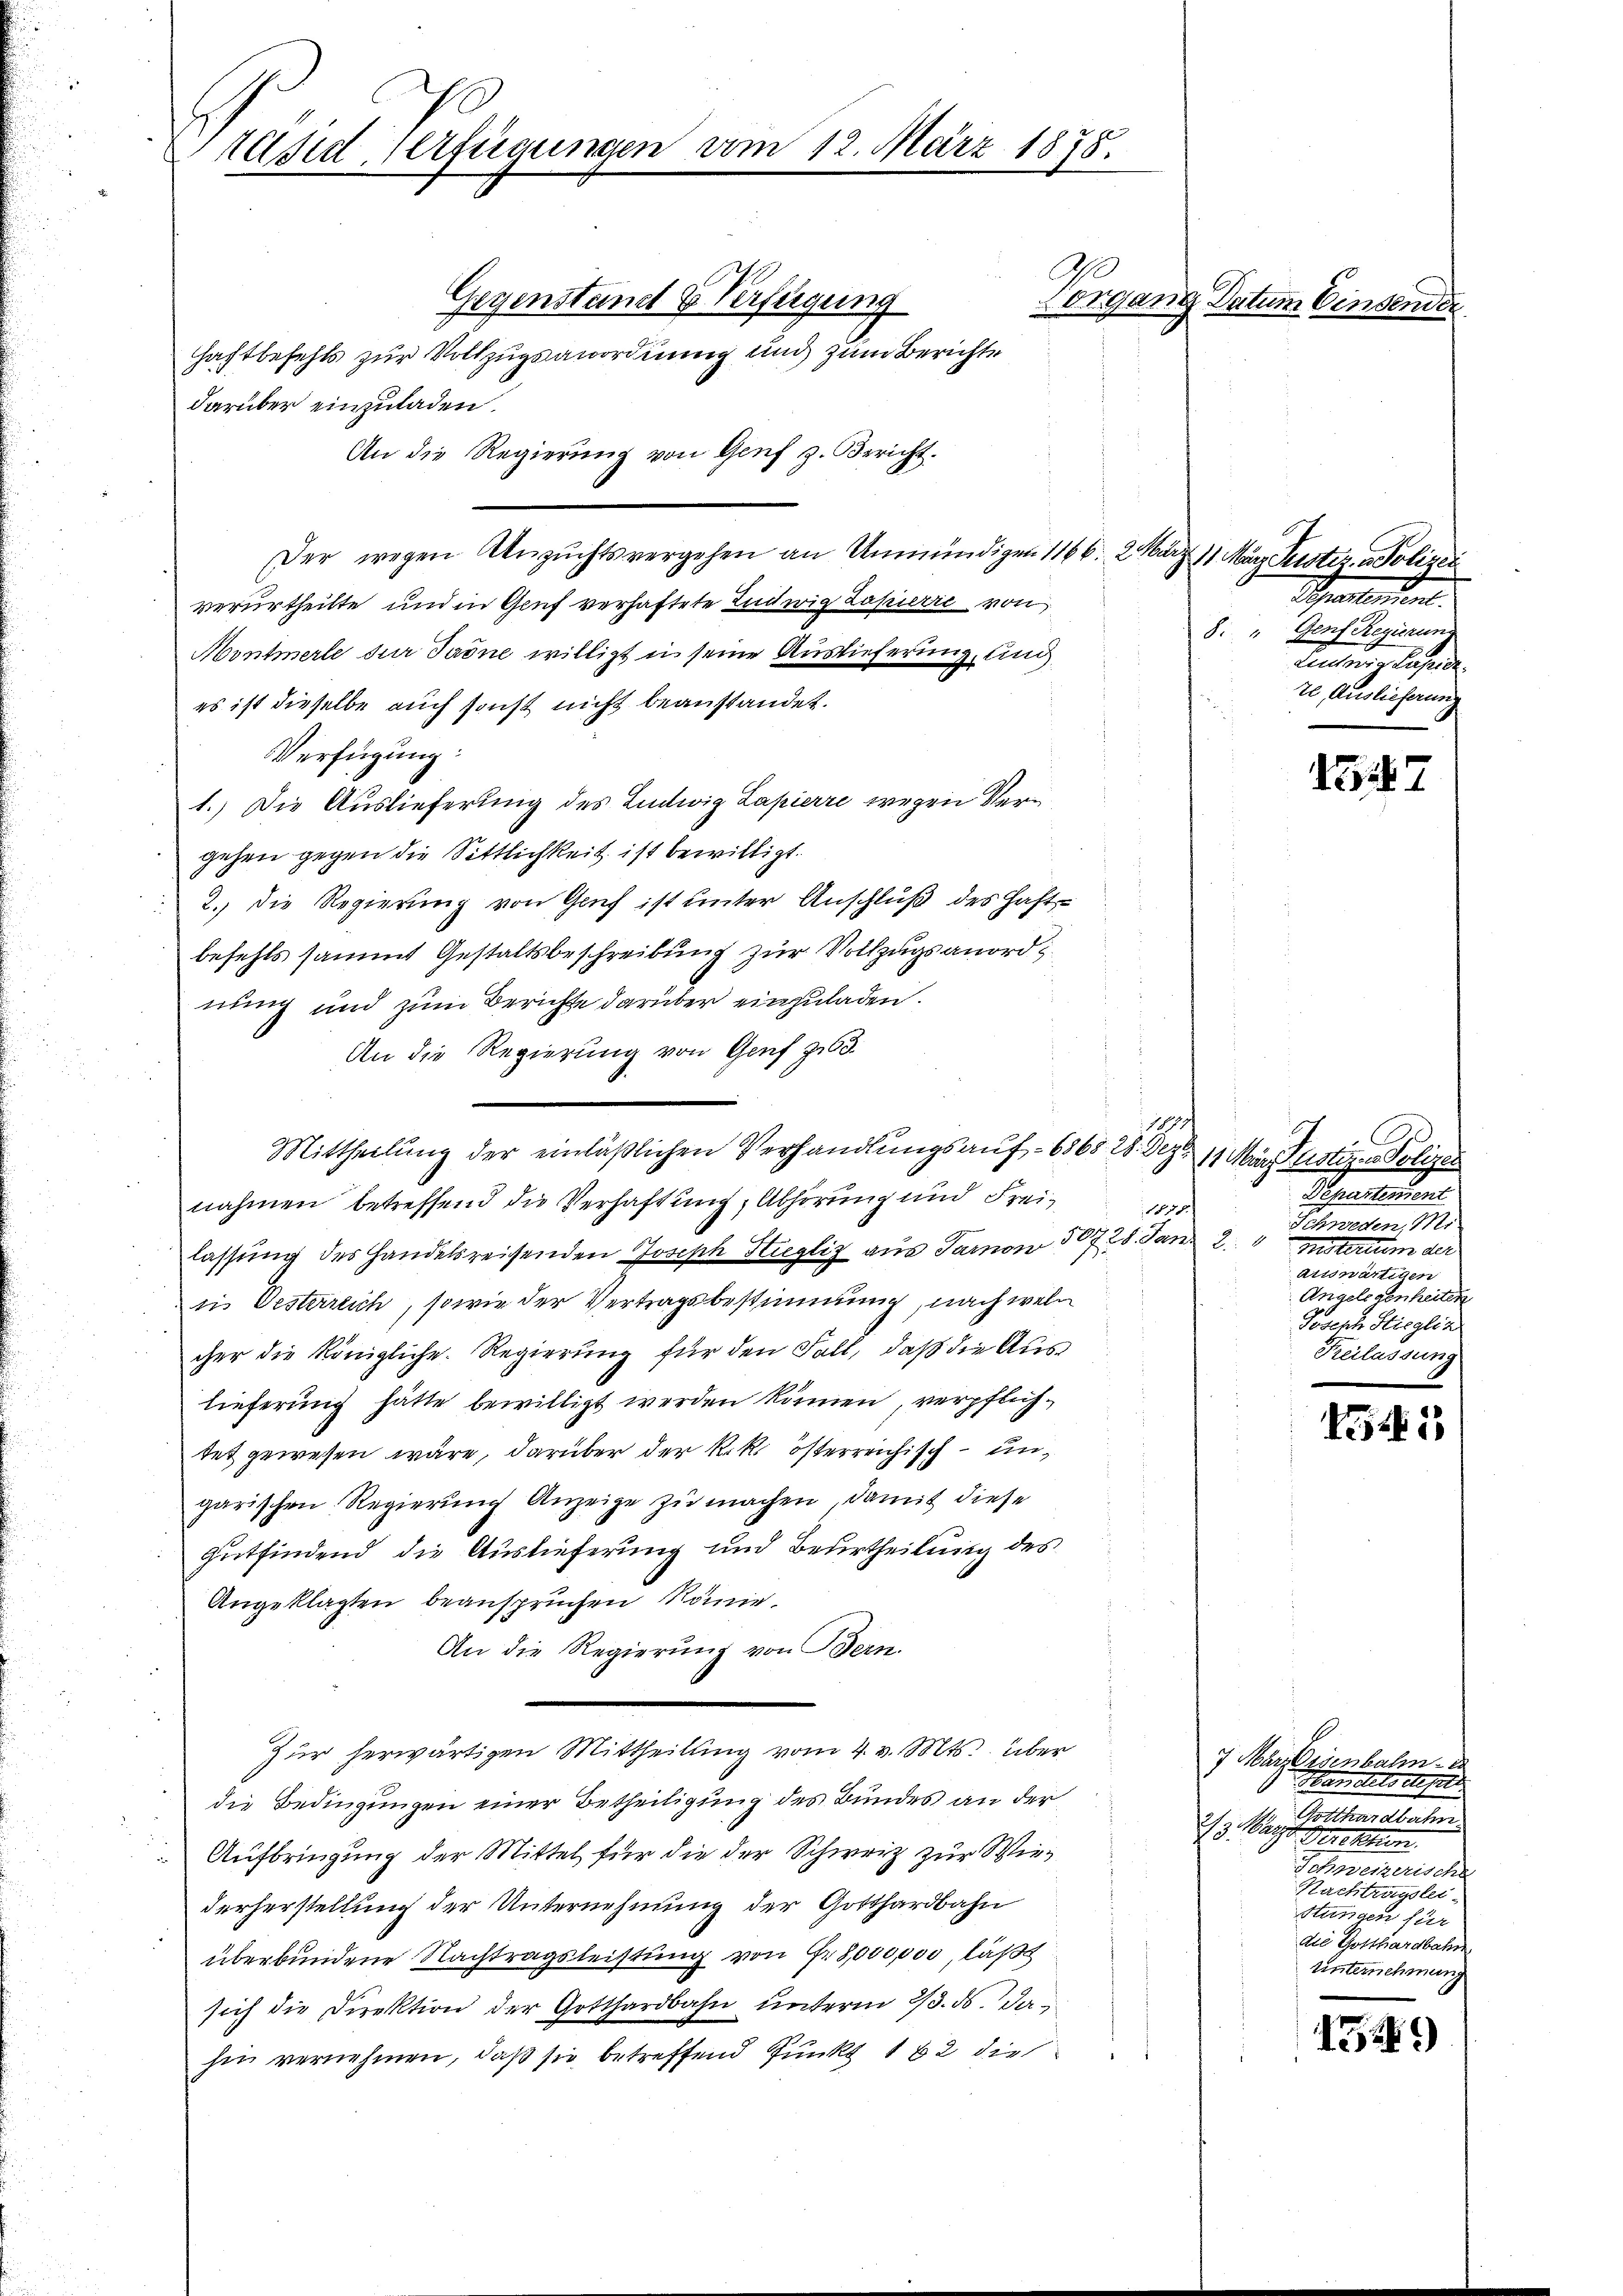
Präsid. Verfügungen vom 12. März 1878.

Gegenstand & Verfügung
Haftbefehls zur Vollzugsanordnung und zum Berichte
darüber einzuladen.
An die Regierung von Genf z. Bericht.
Der wegen Anzŭchtsvergehen an Unmündigen 1166. 2. März 11. März Suster Polizei
verurtheilte und in Gruf verhaftete Ludwig Zapirie von
Montmerle der Jadne willigt in seine Auslieferung, und
es ist dieselbe auch sonst nicht beanstandet.
Verfügung:
1.) Die Auslieferung des Ludwig Lapierre wegen Vergehen gegen die Sittlichkeit ist bewilligt.
2.) Die Regierung von Grif ist unter Anschluß des Haft
befehls sammt Gestaltsbeschreibung zur Vollzugsanordnung und zum Berichte darüber einzuladen.
An die Regierung von Genf zu 63.
1870/
Mittheilung der einläßlichen Verhandlungsauf - 6868. 28. Deze
nahmen betreffend die Verhaftung, Abhörung und Freilassung des Handelsreisenden Joseph Stiegliz aus Tarnow 10728. Jan
ti Oesterreich, sowie der Vertragsbestimmung, nach welcher die Königliche Regierung für den Fall, daß die Auslieferung hätte bewilligt werden können, verpflichtet gewesen wäre, darüber der k.k. österreichisch - ungarischen Regierung Anzeige zu machen, damit diese
Gutfindend die Auslieferung und Beurtheilung des
Angeklagten beanspruchen Röme
An die Regierung von Bern.
Zur herwärtigen Mittheilung vom 4. v. Mts. über
die Bedingungen einer Betheiligung des Bundes an der
Aufbringung der Mittel für die der Schweiz zur Wiederherstellung der Unternehmung der Gotthardbahn
überbundene Nachtragsleistung von Fr. 8,000,000, läßt
sich die Direktion der Gotthardbahn unterm 2/3. ds. Jahin vernehmen, daß sie betreffend Punkt 182 die

Vorgang Datum Einsen

150

Schnellen.
8. " Genf Reuerung
Pensur lesende
20, Auslieferung

7

A
11 März stiz- u Polizen
Departement
Schweden, Mi
20
Mustertum der
auswärtigen
Angelegenheiten
Joseph Stieglin
Reilassung

154

7 März lesenbalm.
anches des
Gallemat
2/3. arzt rechten.
Schweizerische
Nachtragslei
stungen für
die Gotthardbahn
unternehmung

1321)